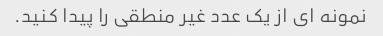
نمونه ای از یک عدد غیر منطقی را پیدا کنید.